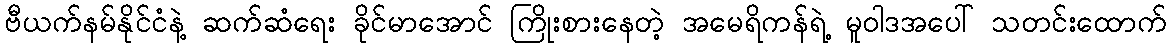
ဗီယက်နမ်နိုင်ငံနဲ့ ဆက်ဆံရေး ခိုင်မာအောင် ကြိုးစားနေတဲ့ အမေရိကန်ရဲ့ မူဝါဒအပေါ် သတင်းထောက်